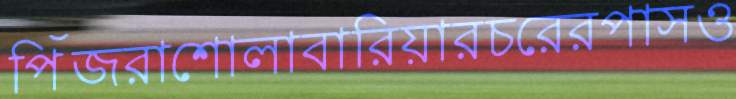
পিঁজরাশোলাবারিয়ারচরেরপাসও